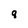
Character: 8